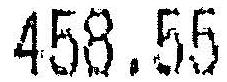
458.55